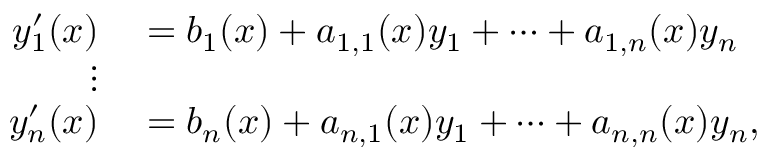
\begin{array} { r l } { y _ { 1 } ^ { \prime } ( x ) } & { { } = b _ { 1 } ( x ) + a _ { 1 , 1 } ( x ) y _ { 1 } + \cdots + a _ { 1 , n } ( x ) y _ { n } } \\ { \vdots } & { { } } \\ { y _ { n } ^ { \prime } ( x ) } & { { } = b _ { n } ( x ) + a _ { n , 1 } ( x ) y _ { 1 } + \cdots + a _ { n , n } ( x ) y _ { n } , } \end{array}